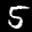
Label: 5